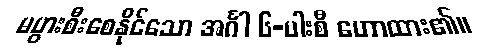
မပွားစီးစေနိုင်သော အင်္ဂါ ၆-ပါးစီ ဟောထား၏။